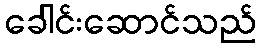
ခေါင်းဆောင်သည်